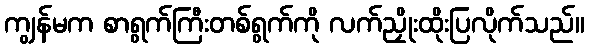
ကျွန်မက စာရွက်ကြီးတစ်ရွက်ကို လက်ညှိုးထိုးပြလိုက်သည်။